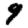
Digit: 9